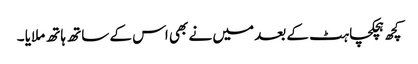
کچھ ہچکچاہٹ کے بعد میں نے بھی اس کے ساتھ ہاتھ ملایا ۔